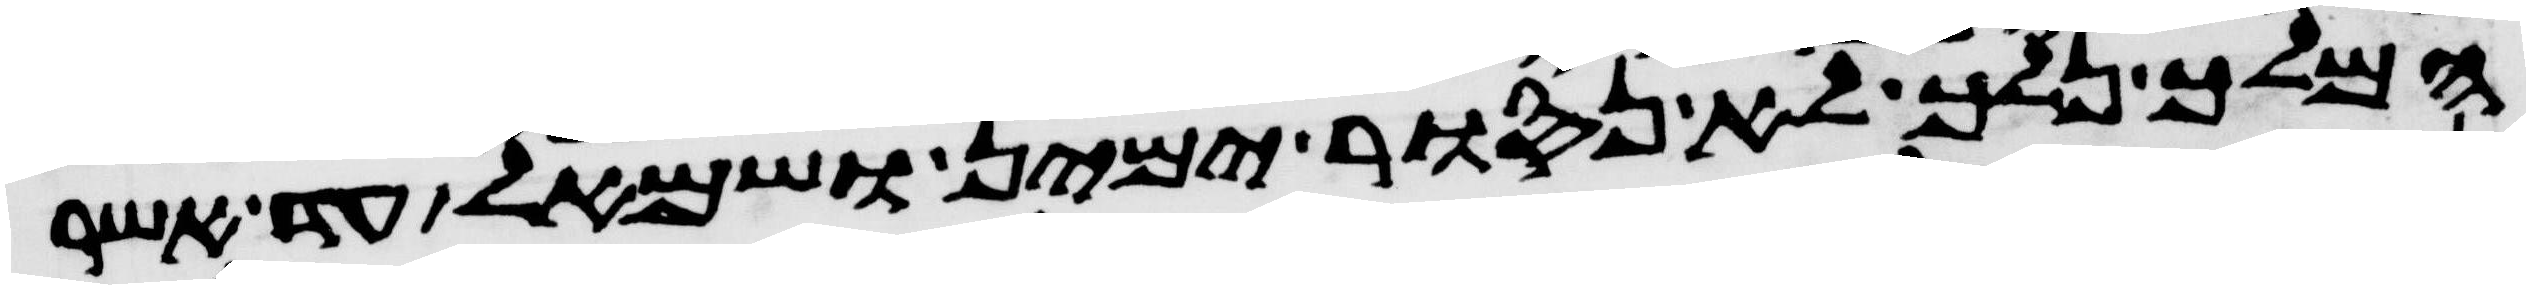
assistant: המלך נלך לא נסור ימין ושמאל עד אשר